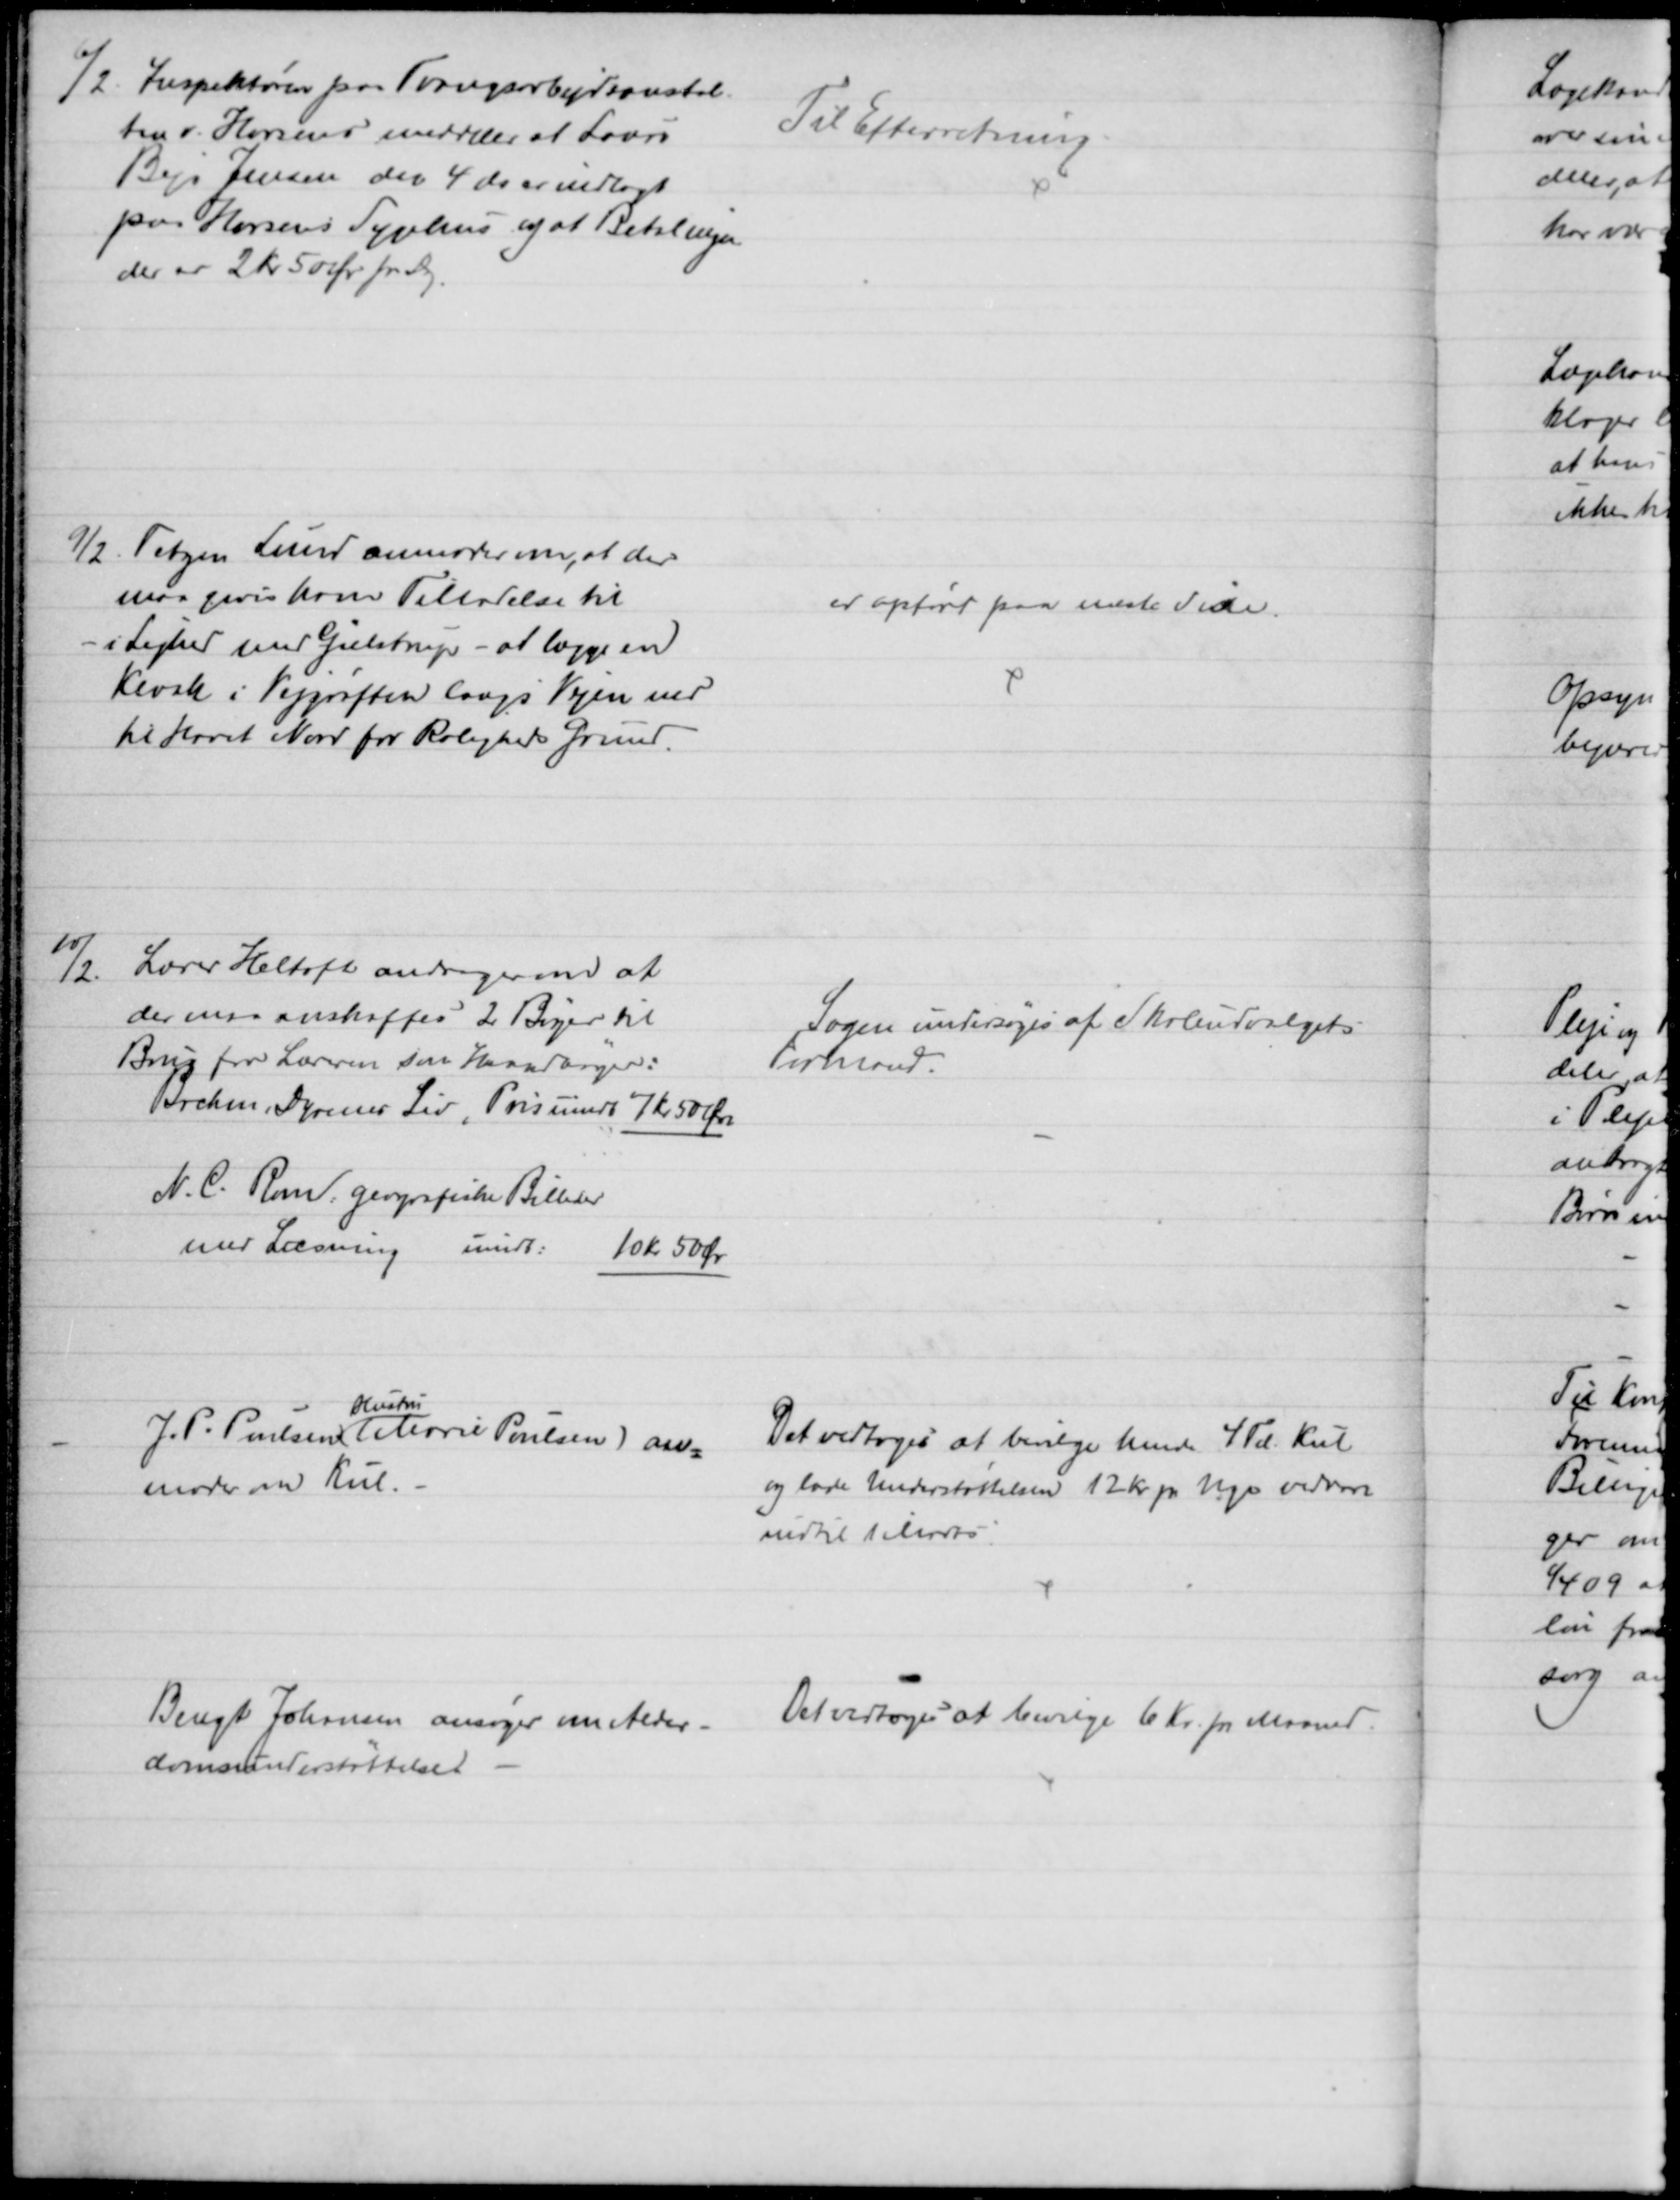
Transskription:
6/2. Inspektøren paa Tvangsarbejdsanstal-
ten v. Horsens meddeler at Laurs
Bejs Jensen den 4 ds er indlagt
paa Horsens Sygehus og at Betalingen
der er 2 Kr 50 Øre pr. Dag
Til Efterretning
9/2. Tetzen Lund anmoder om, at der 
maa gives ham Tilladelse til 
- i Lighed med Gielstrup - at lægge en
Kloak i Vejgrøften langs Vejen ned
til Havet Nord for Roligheds Grund.
er opført paa næste Side.
10/2.
Lærer Heltoft andrager om at
der maa anskaffes 2 Bøger til
Brug fra Læreren som Haandbøger:
Brehm, Dyrenes Liv, Pris uindb 7 Kr 50 Øre
N. C. Rom. geografiske Billeder
med Læsning uindb.
10 kr 50 Øre
Sagen undersøges af Skoleudvalgets
Formand.
J. P. Poulsens
Hustru
(Marie Poulsen) an=
moder om Kul.
Det vedtoges at bevilge hende 4 Td. Kul
og lade Understøttelsen 12 Kr pr Uge vedvare
indtil 1 Marts
Bengt Johansen ansøger om Alder-
domsunderstøttelser
Det vedtoges at bevilge 6 Kr. pr. Maaned.